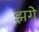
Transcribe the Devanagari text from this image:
झगे